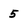
Character: 5